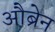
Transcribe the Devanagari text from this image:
औब्रेन